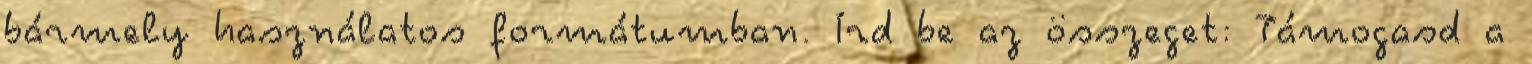
bármely használatos formátumban. Írd be az összeget: Támogasd a